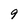
Character: 9